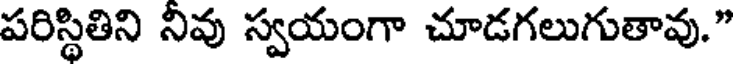
పరిస్థితిని నివు స్వయంగా చూడగలుగుతావు."